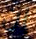
إن